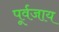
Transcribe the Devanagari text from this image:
पूर्वजाय